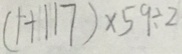
( 1 + 1 1 7 ) \times 5 9 \div 2